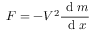
F = - V ^ { 2 } \frac { \textrm { d } m } { \textrm { d } x }